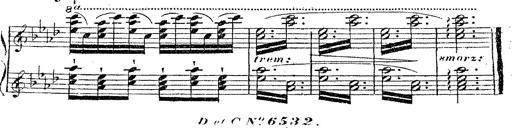
Title: 12 Lieder von Franz Schubert
Composer: Franz Liszt